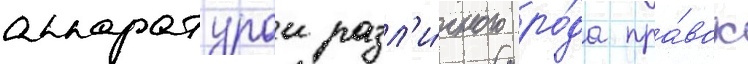
аппаратурои разл'и́чного ро́да пра́вок